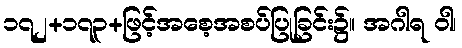
၁၇၂+၁၇၃+ဖြင့်အစေ့အစပ်ပြုခြင်း၌။ အဂါရ ဝါ၊